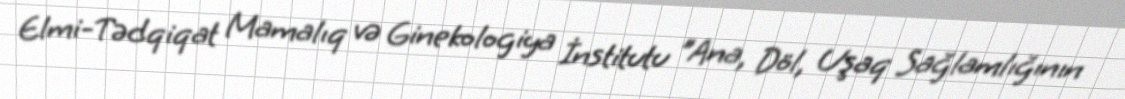
Elmi-Tədqiqat Mamalıq və Ginekologiya İnstitutu "Ana, Döl, Uşaq Sağlamlığının